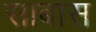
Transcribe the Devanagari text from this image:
साबास